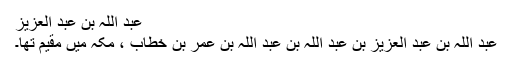
عبد اللہ بن عبد العزیز
عبد اللہ بن عبد العزیز بن عبد اللہ بن عبد اللہ بن عمر بن خطاب ، مکہ میں مقیم تھا۔